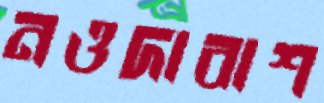
নওদাবাশ